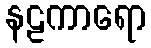
နဠကာရော